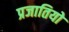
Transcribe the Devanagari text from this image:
प्रजातियो